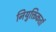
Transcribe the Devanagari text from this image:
नियुक्तिकर्ता